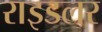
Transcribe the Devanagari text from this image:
राइडलर